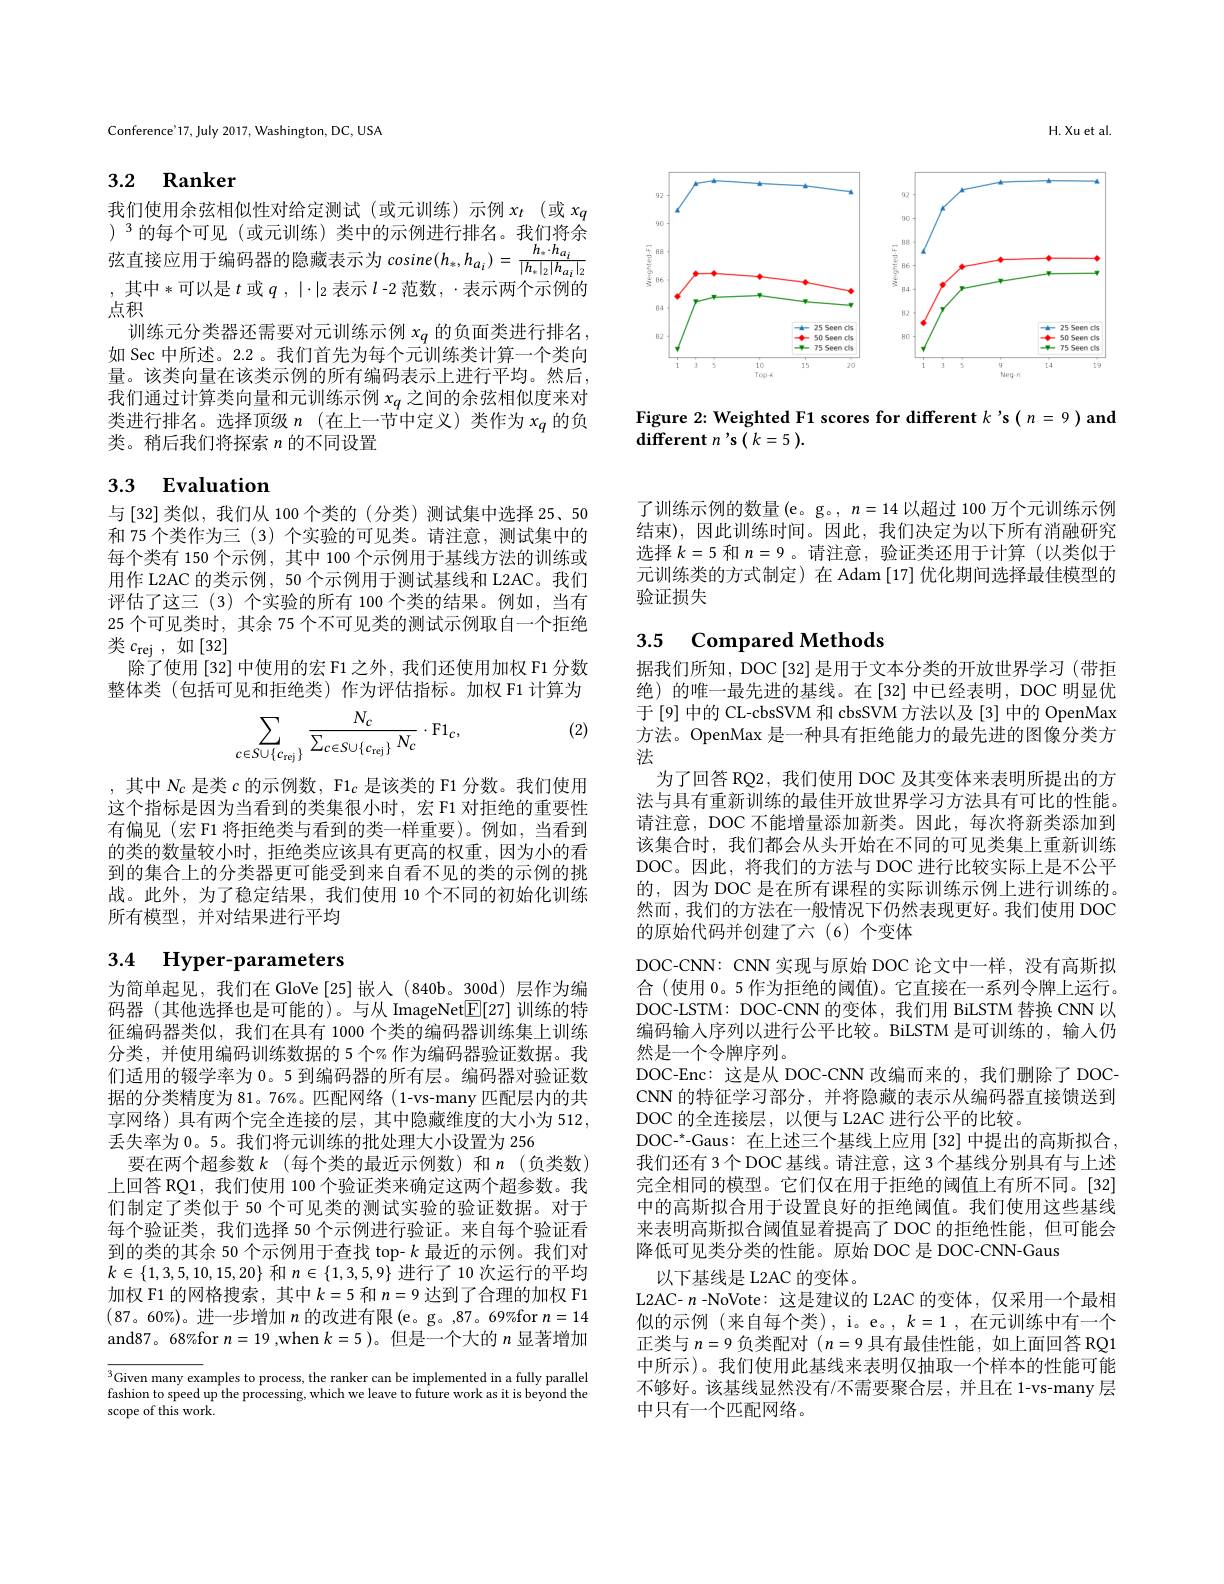
H.Xu et al

<FigureHere>

Figure 2: Weighted F1 scores for different $k$ 's ( n= 9 ) and
${\mathrm{different~}}n^{\prime }\mathbf{s} ( k= 5) .$

Conference'17, July 2017, Washington, DC, USA

# 3.2 Ranker

我们使用余弦相似性对给定测试(或元训练)示例 $x_t$ (或 $x_q$ )$^{3}$的每个可见(或元训练)类中的示例进行排名。我们将余弦直接应用于编码器的隐藏表示为 cosine$(h_{*},h_{a_{i}})=\frac{h_{*}\cdot h_{a_{i}}}{|h_{*}|_{2}|h_{a_{i}}|_{2}}$ , 其中*可以是$t$ 或$q,|\cdot|_2$ 表示 $l$-2 范数$,\cdot$表示两个示例的点积
训练元分类器还需要对元训练示例$x_q$的负面类进行排名， 如 Sec 中所述。2.2 。我们首先为每个元训练类计算一个类向量。该类向量在该类示例的所有编码表示上进行平均。然后， 我们通过计算类向量和元训练示例$x_q$之间的余弦相似度来对类进行排名。选择顶级$n$(在上一节中定义)类作为$x_q$的负类。稍后我们将探索$n$的不同设置

# 3.3 Evaluation

与 [32] 类似，我们从 100 个类的 (分类)测试集中选择 25、50和 75 个类作为三 (3) 个实验的可见类。请注意，测试集中的每个类有 150 个示例，其中 100 个示例用于基线方法的训练或用作 L2AC 的类示例，50 个示例用于测试基线和 L2AC。我们评估了这三 (3) 个实验的所有 100 个类的结果。例如，当有25 个可见类时，其余 75 个不可见类的测试示例取自一个拒绝类$c_{\mathrm{rej}}$,如[32]
除了使用 [32] 中使用的宏 F1 之外，我们还使用加权 F1 分数整体类 (包括可见和拒绝类)作为评估指标。加权 F1 计算为

(2)
$$\sum_{c\in S\cup\{c_{\mathrm{rej}}\}}\frac{N_{c}}{\sum_{c\in S\cup\{c_{\mathrm{rej}}\}}N_{c}}\cdot\mathrm{F}1_{c},$$
,其中$N_c$是类$c$的示例数，F1$_c$是该类的 F1 分数。我们使用这个指标是因为当看到的类集很小时，宏 F1 对拒绝的重要性有偏见(宏 F1 将拒绝类与看到的类一样重要)。例如，当看到的类的数量较小时，拒绝类应该具有更高的权重，因为小的看到的集合上的分类器更可能受到来自看不见的类的示例的挑战。此外，为了稳定结果，我们使用 10 个不同的初始化训练所有模型，并对结果进行平均

# 3.4 Hyper-parameters

为简单起见，我们在 GloVe [25]嵌人(840b。300d)层作为编码器 (其他选择也是可能的)。与从 ImageNet$\overline{\mathbb{E}}[27]$训练的特征编码器类似，我们在具有 1000 个类的编码器训练集上训练分类，并使用编码训练数据的 5 个% 作为编码器验证数据。我们适用的辍学率为 0。5 到编码器的所有层。编码器对验证数据的分类精度为 81。76%。匹配网络(1-vs-many 匹配层内的共享网络)具有两个完全连接的层，其中隐藏维度的大小为 512, 丢失率为 0。5。我们将元训练的批处理大小设置为 256
要在两个超参数$k$ (每个类的最近示例数)和$n$ (负类数) 上回答 RQ1, 我们使用 100 个验证类来确定这两个超参数。我们制定了类似于 50 个可见类的测试实验的验证数据。对于每个验证类，我们选择 50 个示例进行验证。来自每个验证看到的类的其余 50 个示例用于查找 top- $k$最近的示例。我们对$k\in\{1,3,5,10,15,20\}$和$n\in\{1,3,5,9\}$进行了 10 次运行的平均加权 F1 的网格搜索，其中$k=5$和$n=9$达到了合理的加权 F1 (87。60%)。进一步增加$n$的改进有限(e。g。,87。69%for $n=14$ and87。68%for $n=19$ ,when $k=5$ )。但是一个大的$n$显著增加

$\overline{^3\text{Given many ex}}$amples to process, the ranker can be implemented in a fully parallel fashion to speed up the processing, which we leave to future work as it is beyond the scope of this work.

了训练示例的数量(e。g。, $n=14$以超过 100 万个元训练示例结束),因此训练时间。因此，我们决定为以下所有消融研究选择$k=5$和$n=9$ 。请注意，验证类还用于计算 (以类似于元训练类的方式制定)在 Adam [17] 优化期间选择最佳模型的验证损失

# 3.5 Compared Methods

据我们所知，DOC[32] 是用于文本分类的开放世界学习 (带拒绝) 的唯一最先进的基线。在[32]中已经表明，DOC 明显优于[9] 中的 CL-cbsSVM 和 cbsSVM 方法以及 [3] 中的 OpenMax 方法。OpenMax 是一种具有拒绝能力的最先进的图像分类方法
为了回答 RQ2, 我们使用 DOC 及其变体来表明所提出的方法与具有重新训练的最佳开放世界学习方法具有可比的性能。请注意，DOC 不能增量添加新类。因此，每次将新类添加到该集合时，我们都会从头开始在不同的可见类集上重新训练DOC。因此，将我们的方法与 DOC 进行比较实际上是不公平的，因为 DOC 是在所有课程的实际训练示例上进行训练的。然而，我们的方法在一般情况下仍然表现更好。我们使用 DOC 的原始代码并创建了六 (6)个变体
DOC-CNN: CNN 实现与原始 DOC 论文中一样，没有高斯拟合(使用0。5 作为拒绝的阈值)。它直接在一系列令牌上运行。DOC-LSTM: DOC-CNN 的变体，我们用 BiLSTM 替换 CNN 以编码输入序列以进行公平比较。BiLSTM 是可训练的，输人仍然是一个令牌序列。
DOC-Enc: 这是从 DOC-CNN 改编而来的，我们删除了 DOCCNN 的特征学习部分，并将隐藏的表示从编码器直接馈送到DOC 的全连接层，以便与 L2AC 进行公平的比较。
DOC-*-Gaus: 在上述三个基线上应用[32]中提出的高斯拟合， 我们还有 3 个 DOC 基线。请注意，这 3 个基线分别具有与上述完全相同的模型。它们仅在用于拒绝的阈值上有所不同。[32] 中的高斯拟合用于设置良好的拒绝阈值。我们使用这些基线来表明高斯拟合阈值显着提高了 DOC 的拒绝性能，但可能会降低可见类分类的性能。原始 DOC 是 DOC-CNN-Gaus
以下基线是 L2AC 的变体。
L2AC- $n$ -NoVote: 这是建议的 L2AC 的变体，仅采用一个最相似的示例 (来自每个类), i。e。, $k=1$,在元训练中有一个正类与$n=$9 负类配对$(n=$9 具有最佳性能，如上面回答 RQ1中所示)。我们使用此基线来表明仅抽取一个样本的性能可能不够好。该基线显然没有/不需要聚合层，并且在 1-vs-many 层中只有一个匹配网络。